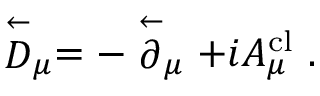
\stackrel { \leftarrow } { D } _ { \mu } = - \stackrel { \leftarrow } { \partial } _ { \mu } + i A _ { \mu } ^ { \mathrm { c l } } \ .